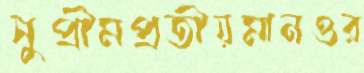
সুপ্রীমপ্রতীয়মানওর